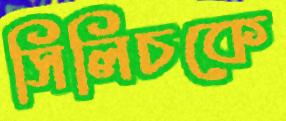
সিলিচকে